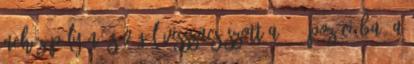
nehéz pályán, s végül visszacsúszott a 23. pozícióba. A